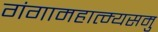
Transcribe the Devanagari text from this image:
गंगामहात्म्यसमु